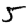
Digit: 5